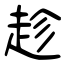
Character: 趁